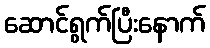
ဆောင်ရွက်ပြီးနောက်